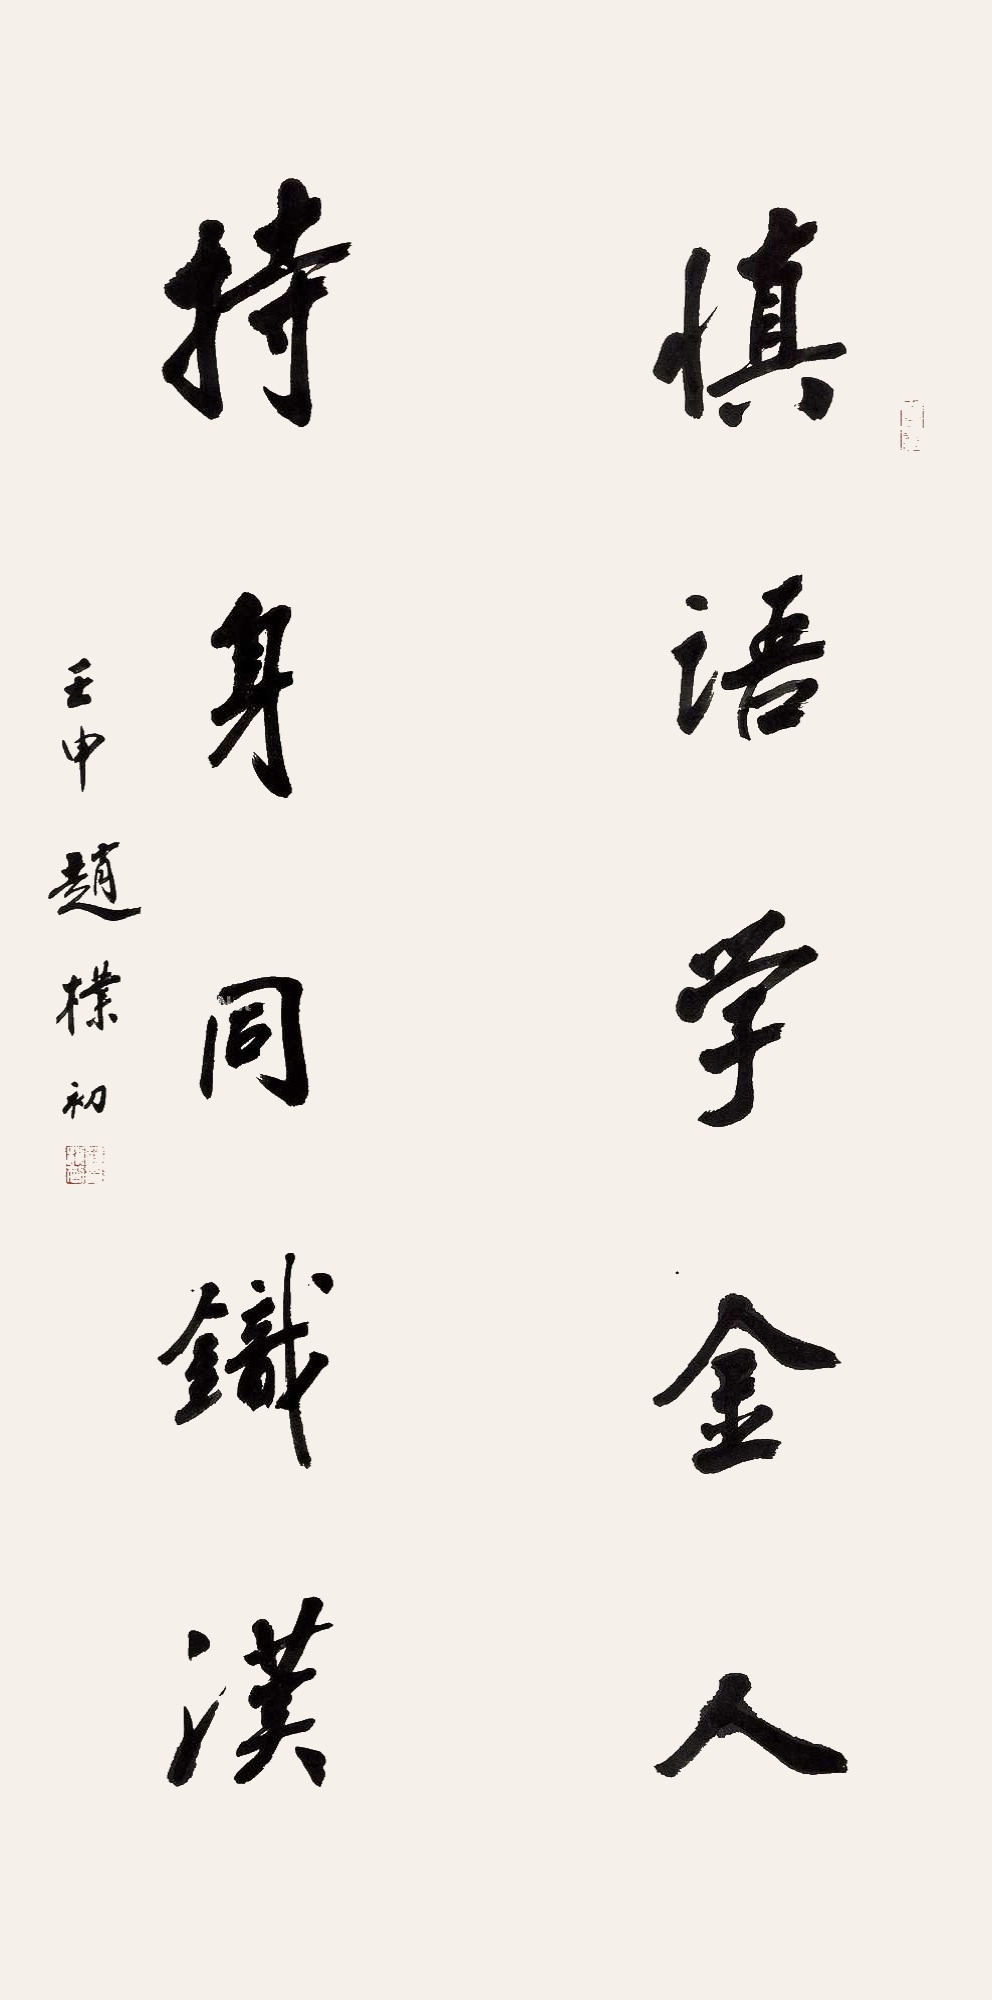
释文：慎语学金人，持身同铁汉。壬申赵朴初。